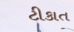
ટીકાત